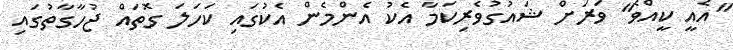
"އެއީ ކީއްވެ" ވަރަށް ޝައުގުވެރިކަމާ އެކު އެންމެން އެކުގައި ކަހަލަ ގޮތައް ޖުހާގާތުގައި